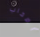
أصحاب